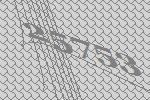
25753